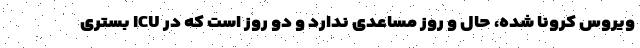
ویروس کرونا شده، حال و روز مساعدی ندارد و دو روز است که در ICU بستری